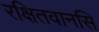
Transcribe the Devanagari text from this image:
रक्षितवानसि